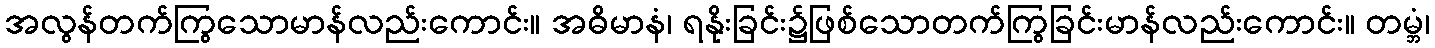
အလွန်တက်ကြွသောမာန်လည်းကောင်း။ အဓိမာနံ၊ ရနိုးခြင်း၌ဖြစ်သောတက်ကြွခြင်းမာန်လည်းကောင်း။ တမ္ဘံ၊